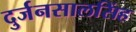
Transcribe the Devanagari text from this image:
दुर्जनसालसिंह